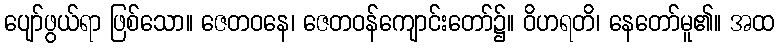
ပျော်ဖွယ်ရာ ဖြစ်သော။ ဇေတဝနေ၊ ဇေတဝန်ကျောင်းတော်၌။ ဝိဟရတိ၊ နေတော်မူ၏။ အထ